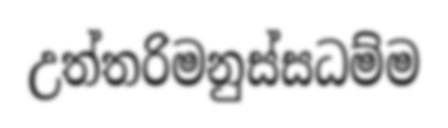
උත්තරිමනුස්සධම්ම